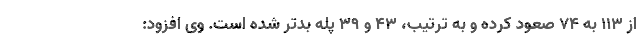
از ۱۱۳ به ۷۴ صعود کرده و به ترتیب، ۴۳ و ۳۹ پله بدتر شده است. وی افزود: